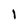
Character: l